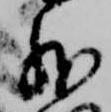
外